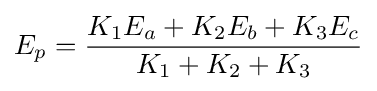
E_{p}={\frac {K_{1}E_{a}+K_{2}E_{b}+K_{3}E_{c}}{K_{1}+K_{2}+K_{3}}}